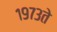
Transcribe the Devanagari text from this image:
१९७३ते